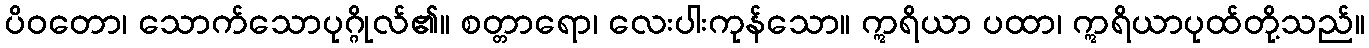
ပိဝတော၊ သောက်သောပုဂ္ဂိုလ်၏။ စတ္တာရော၊ လေးပါးကုန်သော။ ဣရိယာ ပထာ၊ ဣရိယာပုထ်တို့သည်။